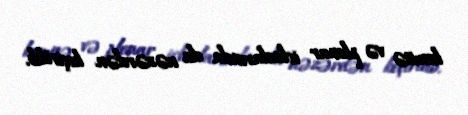
komitə və plenar iclaslarında da nəzərdən keçirilib.